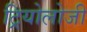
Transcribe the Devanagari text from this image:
ट्रियोलोजी